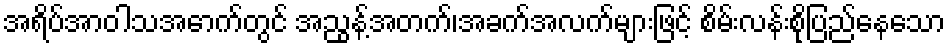
အရိပ်အာဝါသအောက်တွင် အညွန့်အတက်၊အခက်အလက်များဖြင့် စိမ်းလန်းစိုပြည်နေသော